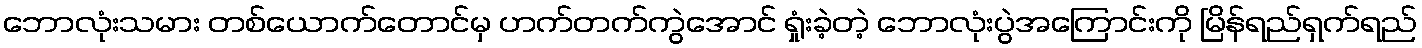
ဘောလုံးသမား တစ်ယောက်တောင်မှ ဟက်တက်ကွဲအောင် ရှုံးခဲ့တဲ့ ဘောလုံးပွဲအကြောင်းကို မြိန်ရည်ရှက်ရည်